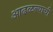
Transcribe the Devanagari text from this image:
आढळल्याची